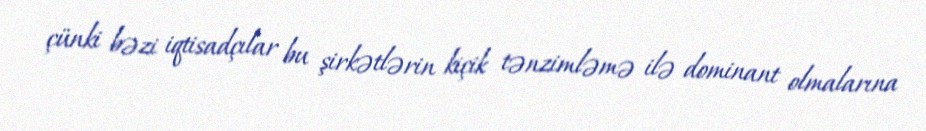
çünki bəzi iqtisadçılar bu şirkətlərin kiçik tənzimləmə ilə dominant olmalarına